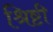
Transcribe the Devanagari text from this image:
श्रिष्टी